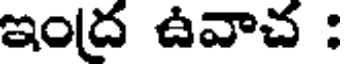
ఇంద ఉవాచ :